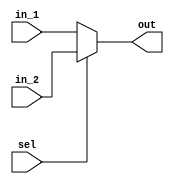
module mux2_1(
input  wire [31:0] in_1, 
input  wire [31:0] in_2,
input  wire         sel,
output wire [31:0] out);
  
assign out = (sel == 1'b0)? in_1:in_2 ;
  
  
endmodule